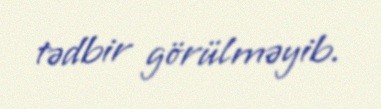
tədbir görülməyib.